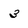
Character: 3